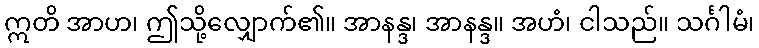
ဣတိ အာဟ၊ ဤသို့လျှောက်၏။ အာနန္ဒ၊ အာနန္ဒ။ အဟံ၊ ငါသည်။ သင်္ဂါမံ၊